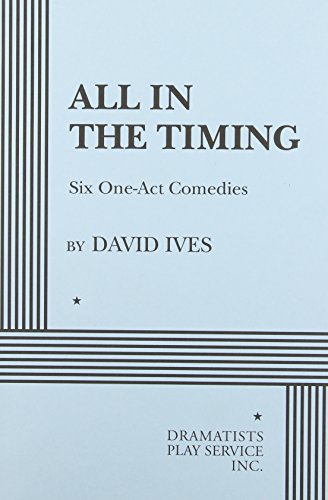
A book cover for All in the Timing, Six One-Act Comedies - Acting Edition; David Ives; Literature & Fiction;